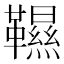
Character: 韅